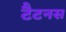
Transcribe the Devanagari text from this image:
टैटनस